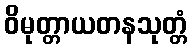
ဝိမုတ္တာယတနသုတ္တံ